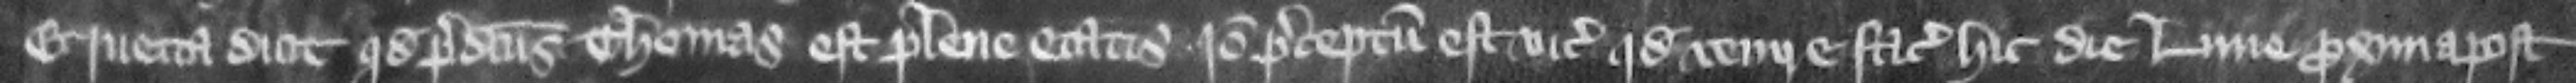
Et Iuetta dicit quod predictus Thomas est plene etatis. Ideo preceptum est vicecomiti quod venire faciat hic die Lune proxima post